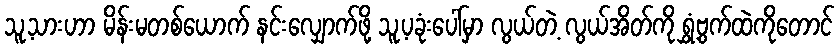
သူ့သားဟာ မိန်းမတစ်ယောက် နင်းလျှောက်ဖို့ သူ့ပခုံးပေါ်မှာ လွယ်တဲ့ လွယ်အိတ်ကို ရွှံ့ဗွက်ထဲကိုတောင်